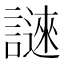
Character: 𬣆